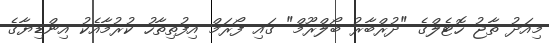
މިއަދު ތާޖު ހޮޓެލްގެ "ދުރްބާރު ބޯލްރޫމް" ގައި ފޯރަމް އިފުތިތާހު ކުރުމާއެކު އިންޑިޔާގެ